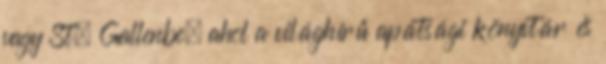
vagy St. Gallenbe, ahol a világhírű apátsági könyvtár és